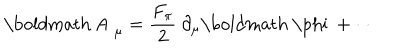
LaTeX: \mathrm { \boldmath ~ A ~ } _ { \mu } = \frac { F _ { \pi } } { 2 } ~ \partial _ { \mu } \mathrm { \boldmath ~ \ p h i ~ } + \cdots